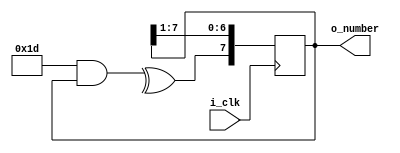
/**
	@file : Encoder_BCD_3.v
	@author: William Tien
	@brief : 8 Bit Wide Pseudo Random Number Generator Using Linear Feedback Shift Registers
*/
module PRNG_8bit (o_number, i_clk);

output reg [7:0] o_number = 8'b10110101; //Initial value of 181 (Next = 218)
input i_clk;

reg in_sr;
wire [7:0] px = 8'b0011101; //x^4 + x^3 + x^2 + 1

always @ (*)
begin
in_sr = ^ (px [7:0] & o_number [7:0]); //bitwise xor reduction of the bitwise and between px and sx
end

//Shift Register
always @ (posedge i_clk)
begin
	o_number[6:0] <= o_number[7:1];
	o_number[7] <= in_sr;
end

endmodule